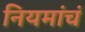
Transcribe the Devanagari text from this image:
नियमांचं